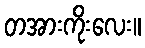
တအားကိုးလေး။